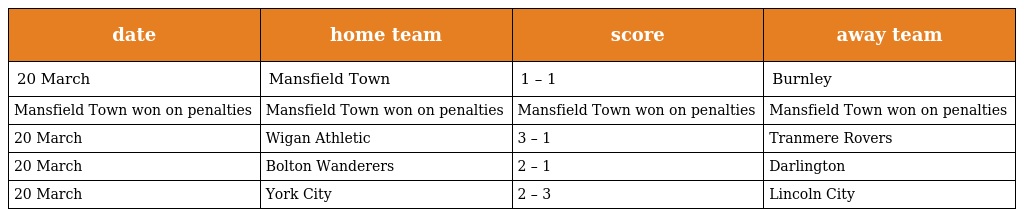
| date | home team | score | away team |
 | --- | --- | --- | --- |
 | 20 March | Mansfield Town | 1 – 1 | Burnley |
 | Mansfield Town won on penalties | Mansfield Town won on penalties | Mansfield Town won on penalties | Mansfield Town won on penalties |
 | 20 March | Wigan Athletic | 3 – 1 | Tranmere Rovers |
 | 20 March | Bolton Wanderers | 2 – 1 | Darlington |
 | 20 March | York City | 2 – 3 | Lincoln City |